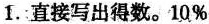
1.直接写出得数。10%